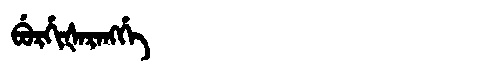
Manchu: ᠪᡠᡵᡤᡳᡧᠠᡵᠠᠩᡤᡝ
Romanization: BURGIŠARANGGE